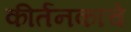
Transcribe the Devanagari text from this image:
कीर्तनकाचे